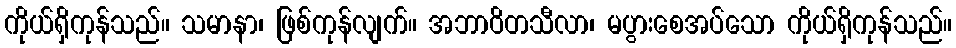
ကိုယ်ရှိကုန်သည်။ သမာနာ၊ ဖြစ်ကုန်လျက်။ အဘာဝိတသီလာ၊ မပွားစေအပ်သော ကိုယ်ရှိကုန်သည်။